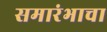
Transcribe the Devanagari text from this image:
समारंभाचा